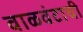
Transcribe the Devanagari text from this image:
वाळवंटाची